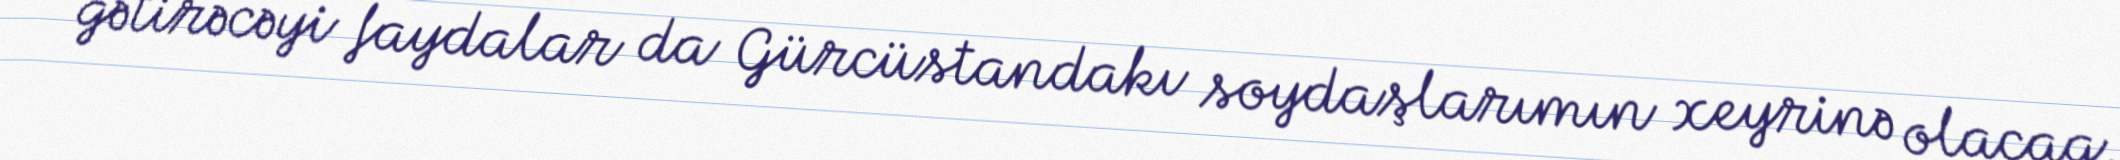
gətirəcəyi faydalar da Gürcüstandakı soydaşlarımın xeyrinə olacaq.